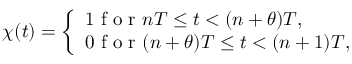
{ \chi } ( t ) = \left\{ \begin{array} { l l } { 1 \mathrm { ~ f ~ o ~ r ~ } n T \le t < ( n + \theta ) T , } \\ { 0 \mathrm { ~ f ~ o ~ r ~ } ( n + \theta ) T \le t < ( n + 1 ) T , } \end{array} \right.